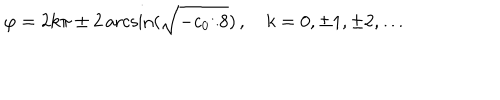
\varphi = 2 k \pi \pm 2 \operatorname { a r c s i n } ( \sqrt { - c _ { 0 } / 8 } ) \, , \quad k = 0 , \pm 1 , \pm 2 , \ldots